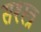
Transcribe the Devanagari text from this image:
सश्स्त्र